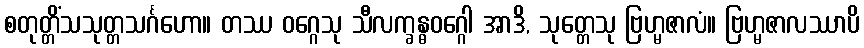
စတုတ္တိံသသုတ္တသင်္ဂဟော။ တဿ ဝဂ္ဂေသု သီလက္ခန္ဓဝဂ္ဂေါ အာဒိ, သုတ္တေသု ဗြဟ္မဇာလံ။ ဗြဟ္မဇာလဿာပိ